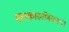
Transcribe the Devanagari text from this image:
महाकारुणिकाय।